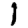
Digit: 1